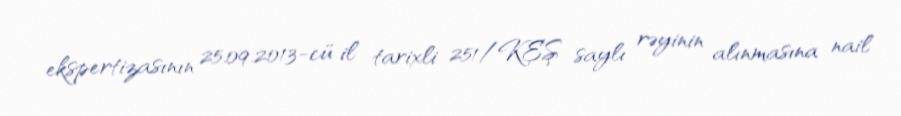
ekspertizasının 25.09.2013-cü il tarixli 251/KEŞ saylı rəyinin alınmasına nail